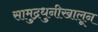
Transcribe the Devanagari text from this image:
सामुद्रधुनीखालून